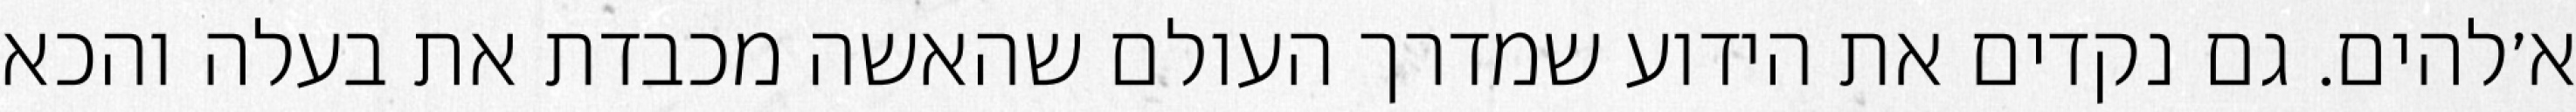
א׳להים. גם נקדים את הידוע שמדרך העולם שהאשה מכבדת את בעלה והכא